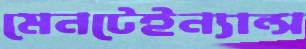
মেনটেইন্যান্স